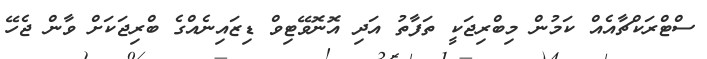
ސްޓްރަކްޗާއެއް ކަމުން މިބްރިޖަކީ ތަފާތު އަދި އޮނޮވޭޓިވް ޑިޒައިނެއްގެ ބްރިޖަކަށް ވާން ޖެހޭ